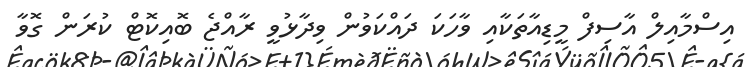
އިސްމާއިލް އާސިފް މީޑިއާތަކާއި ވާހަކަ ދައްކަވުން ވިދާޅުވީ ރާއްޖެ ބޮއިކޮޓް ކުރަން ގޮވާ